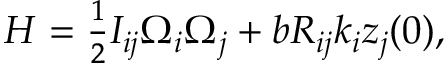
\begin{array} { r } { H = \frac 1 2 I _ { i j } \Omega _ { i } \Omega _ { j } + b R _ { i j } k _ { i } z _ { j } ( 0 ) , } \end{array}